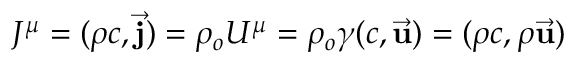
J ^ { \mu } = ( \rho c , { \vec { \mathbf { j } } } ) = \rho _ { o } U ^ { \mu } = \rho _ { o } \gamma ( c , { \vec { \mathbf { u } } } ) = ( \rho c , \rho { \vec { \mathbf { u } } } )